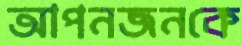
আপনজনকে